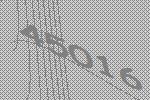
45016